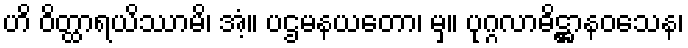
ဟိ ဝိတ္ထာရယိဿာမိ၊ အံ့။ ပဌမနယတော၊ မှ။ ပုဂ္ဂလာဓိဋ္ဌာနဝသေန၊